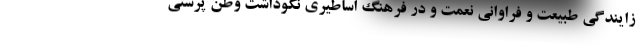
زایندگی طبیعت و فراوانی نعمت و در فرهنگ اساطیری نکوداشت وطن پرستی